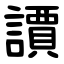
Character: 䜖